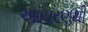
આચરણથી